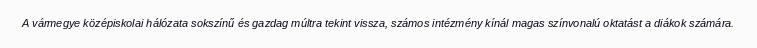
A vármegye középiskolai hálózata sokszínű és gazdag múltra tekint vissza, számos intézmény kínál magas színvonalú oktatást a diákok számára.